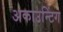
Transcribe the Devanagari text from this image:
अकाउन्टिंग